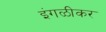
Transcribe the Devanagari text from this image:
इंगळीकर